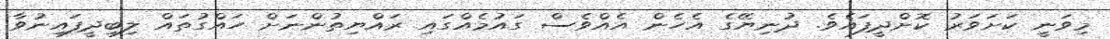
މިވަނީ ކަށަވަރު ކޮށްދީފައެވެ. ދުނިޔޭގެ އެހެން އެއްވެސް ގައުމެއްގައި ރައްޔިތުންނަށް ހައްގުތައް ލިބިދީފައިނުވާ